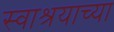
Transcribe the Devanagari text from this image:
स्वाश्रयाच्या